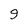
Character: 9